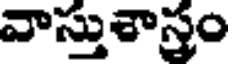
వాస్తుశాస్త్రం